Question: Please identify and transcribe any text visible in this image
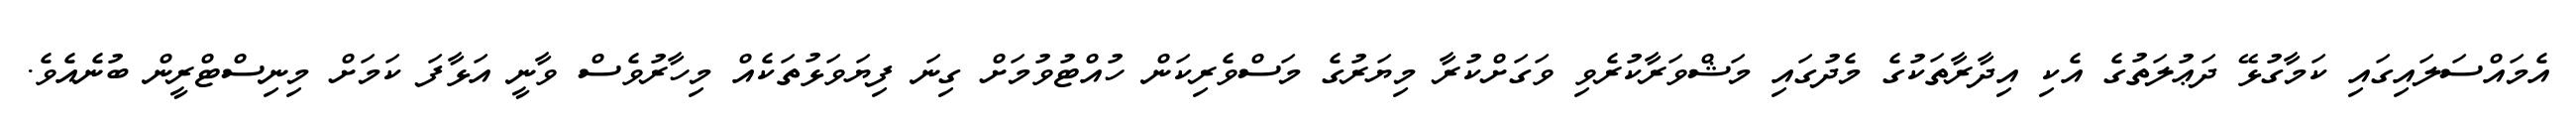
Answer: އެމައްސަލައިގައި ކަމާގުޅޭ ދަޢުލަތުގެ އެކި އިދާރާތަކުގެ މެދުގައި މަޝްވަރާކުރެވި ވަގަށްކުރާ މިޔަރުގެ މަސްވެރިކަން ހުއްޓުވުމަށް ގިނަ ފިޔަވަޅުތަކެއް މިހާރުވެސް ވާނީ އަޅާފަ ކަމަށް މިނިސްޓްރީން ބުނެއެވެ.